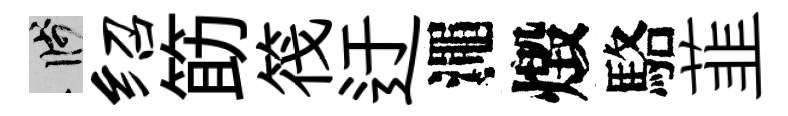
箋绍筯筏迂澠燬駱韮